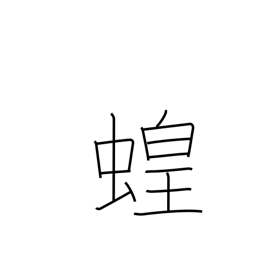
Meaning: locust